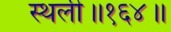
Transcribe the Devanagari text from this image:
स्थली॥१६४॥